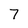
Character: 7